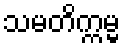
သမတိက္ကမ္မ